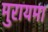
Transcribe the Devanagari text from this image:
मुरायमा